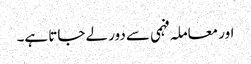
اور معاملہ فہمی سے دور لے جاتا ہے۔